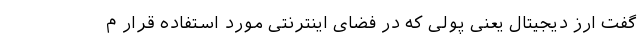
گفت ارز دیجیتال یعنی پولی که در فضای اینترنتی مورد استفاده قرار م